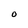
Character: O